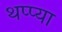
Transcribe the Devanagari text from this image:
थप्प्या